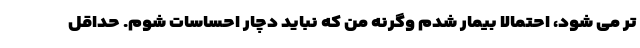
تر می شود، احتمالا بیمار شدم وگرنه من که نباید دچار احساسات شوم. حداقل